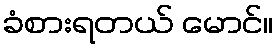
ခံစားရတယ် မောင်။